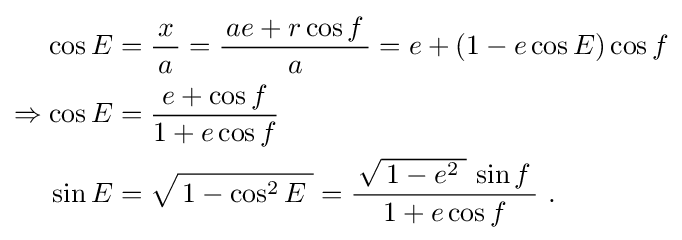
{\begin{aligned}\cos E&={\frac {\,x\,}{a}}={\frac {\,ae+r\cos f\,}{a}}=e+(1-e\cos E)\cos f\\\Rightarrow \cos E&={\frac {\,e+\cos f\,}{1+e\cos f}}\\\sin E&={\sqrt {\,1-\cos ^{2}E\;}}={\frac {\,{\sqrt {\,1-e^{2}\;}}\,\sin f\,}{1+e\cos f}}~.\end{aligned}}